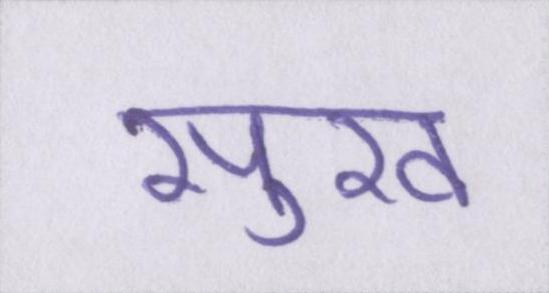
सुख